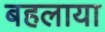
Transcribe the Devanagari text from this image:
बहलाया